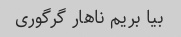
بیا بریم ناهار گرگوری